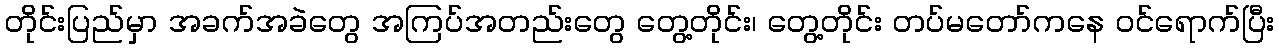
တိုင်းပြည်မှာ အခက်အခဲတွေ အကြပ်အတည်းတွေ တွေ့တိုင်း၊ တွေ့တိုင်း တပ်မတော်ကနေ ဝင်ရောက်ပြီး